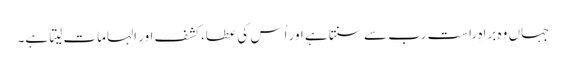
جہاں وہ براہِ راست رب سے سنتا ہے اور اُس کی عطا، کشف اور اِلہامات لیتا ہے۔